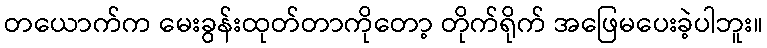
တယောက်က မေးခွန်းထုတ်တာကိုတော့ တိုက်ရိုက် အဖြေမပေးခဲ့ပါဘူး။